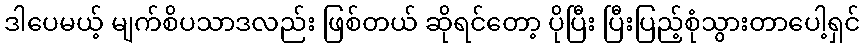
ဒါပေမယ့် မျက်စိပသာဒလည်း ဖြစ်တယ် ဆိုရင်တော့ ပိုပြီး ပြီးပြည့်စုံသွားတာပေါ့ရှင်